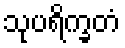
သုပရိက္ခတံ